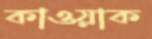
কাওয়াক